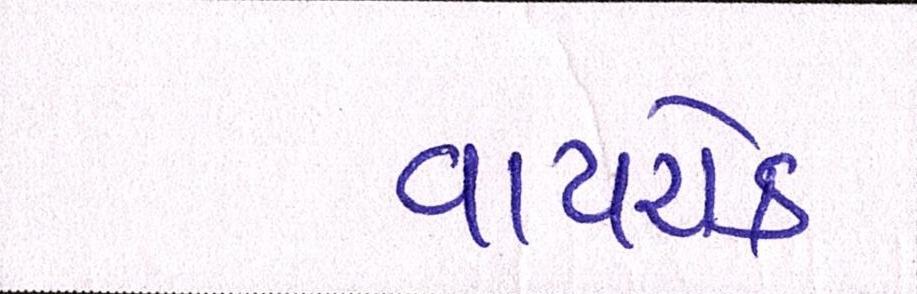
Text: વાયરોક